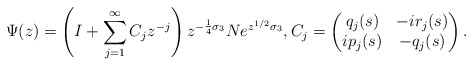
\begin{align*}\Psi(z)=\left(I+\sum^\infty_{j=1}C_j z^{-j}\right)z^{-\frac{1}{4}\sigma_3}Ne^{z^{1/2}\sigma_3}, C_j = \begin{pmatrix}q_j(s)&-i r_j(s)\\i p_j(s)&-q_j(s)\end{pmatrix}.\end{align*}